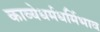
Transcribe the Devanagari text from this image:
काव्येधर्मधर्मिभाव